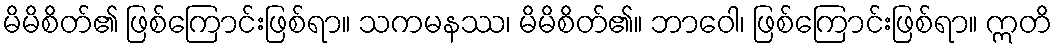
မိမိစိတ်၏ ဖြစ်ကြောင်းဖြစ်ရာ။ သကမနဿ၊ မိမိစိတ်၏။ ဘာဝေါ၊ ဖြစ်ကြောင်းဖြစ်ရာ။ ဣတိ